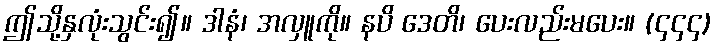
ဤသို့နှလုံးသွင်း၍။ ဒါနံ၊ အလှူကို။ နပိ ဒေတိ၊ ပေးလည်းမပေး။ (၄၄၄)